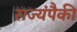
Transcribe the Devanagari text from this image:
राज्यंपैकी